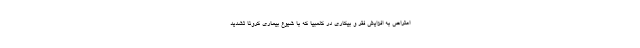
اعتراض به افزایش فقر و بیکاری در کلمبیا که با شیوع بیماری کرونا تشدید